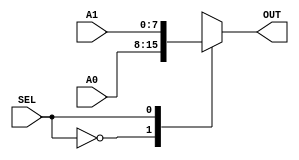
`timescale 1ns / 1ps
//////////////////////////////////////////////////////////////////////////////////
// Company: 
// Engineer: 
// 
// Design Name: 
// Module Name:    MUX2x18bits 
// Project Name: 
// Target Devices: 
// Tool versions: 
// Description: 
//
// Dependencies: 
//
// Revision: 
// Revision 0.01 - File Created
// Additional Comments: 
//
//////////////////////////////////////////////////////////////////////////////////
module MUX2x18bits(A0,A1,SEL,OUT);
	input [7:0] A0,A1;
	input SEL;
	output reg [7:0] OUT;
	
	always @(A0 or A1 or SEL)
		case (SEL)
			1'b0: OUT=A0;
			1'b1: OUT=A1;
		endcase


endmodule